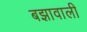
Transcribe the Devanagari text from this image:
बझावाली